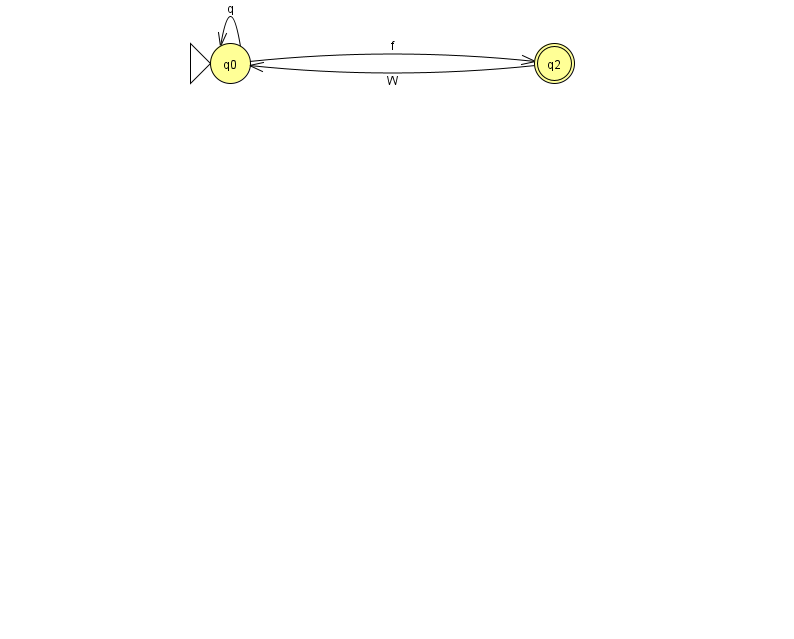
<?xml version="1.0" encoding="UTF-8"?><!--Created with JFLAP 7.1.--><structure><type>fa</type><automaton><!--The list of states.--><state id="0" name="q0"><x>230.0</x><y>50.0</y><initial/></state><state id="2" name="q2"><x>554.0</x><y>50.0</y><final/></state><!--The list of transitions.--><transition><from>0</from><to>0</to><read>q</read></transition><transition><from>0</from><to>2</to><read>f</read></transition><transition><from>2</from><to>0</to><read>W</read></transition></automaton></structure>